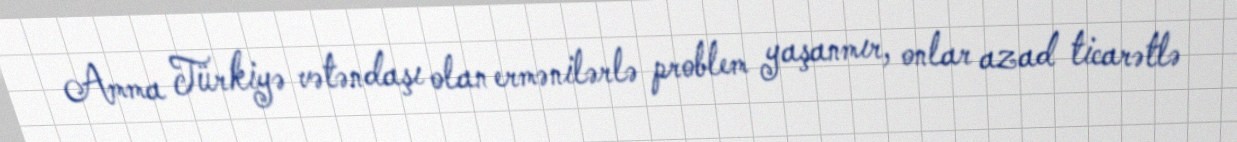
Amma Türkiyə vətəndaşı olan ermənilərlə problem yaşanmır, onlar azad ticarətlə